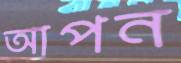
আপন